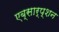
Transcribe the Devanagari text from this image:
एब्सार्प्शन